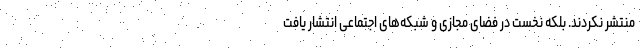
منتشر نکردند. بلکه نخست در فضای مجازی و شبکه‌های اجتماعی انتشار یافت